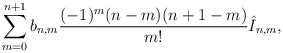
\begin{align*} \sum_{m=0}^{n+1}b_{n,m}\frac{(-1)^m(n-m)(n+1-m)}{m!}\hat{I}_{n,m},\end{align*}